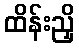
ထိန်းညှိ